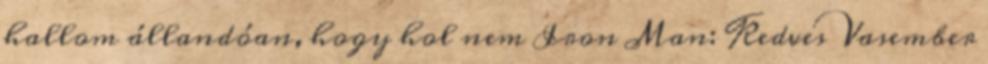
hallom állandóan, hogy hol nem Iron Man: Kedves Vasember